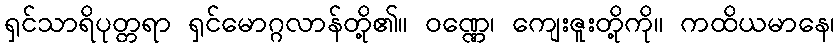
ရှင်သာရိပုတ္တရာ ရှင်မောဂ္ဂလာန်တို့၏။ ဝဏ္ဏေ၊ ကျေးဇူးတို့ကို။ ကထိယမာနေ၊